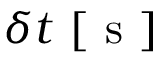
\delta t \mathrm { ~ [ ~ s ~ ] ~ }